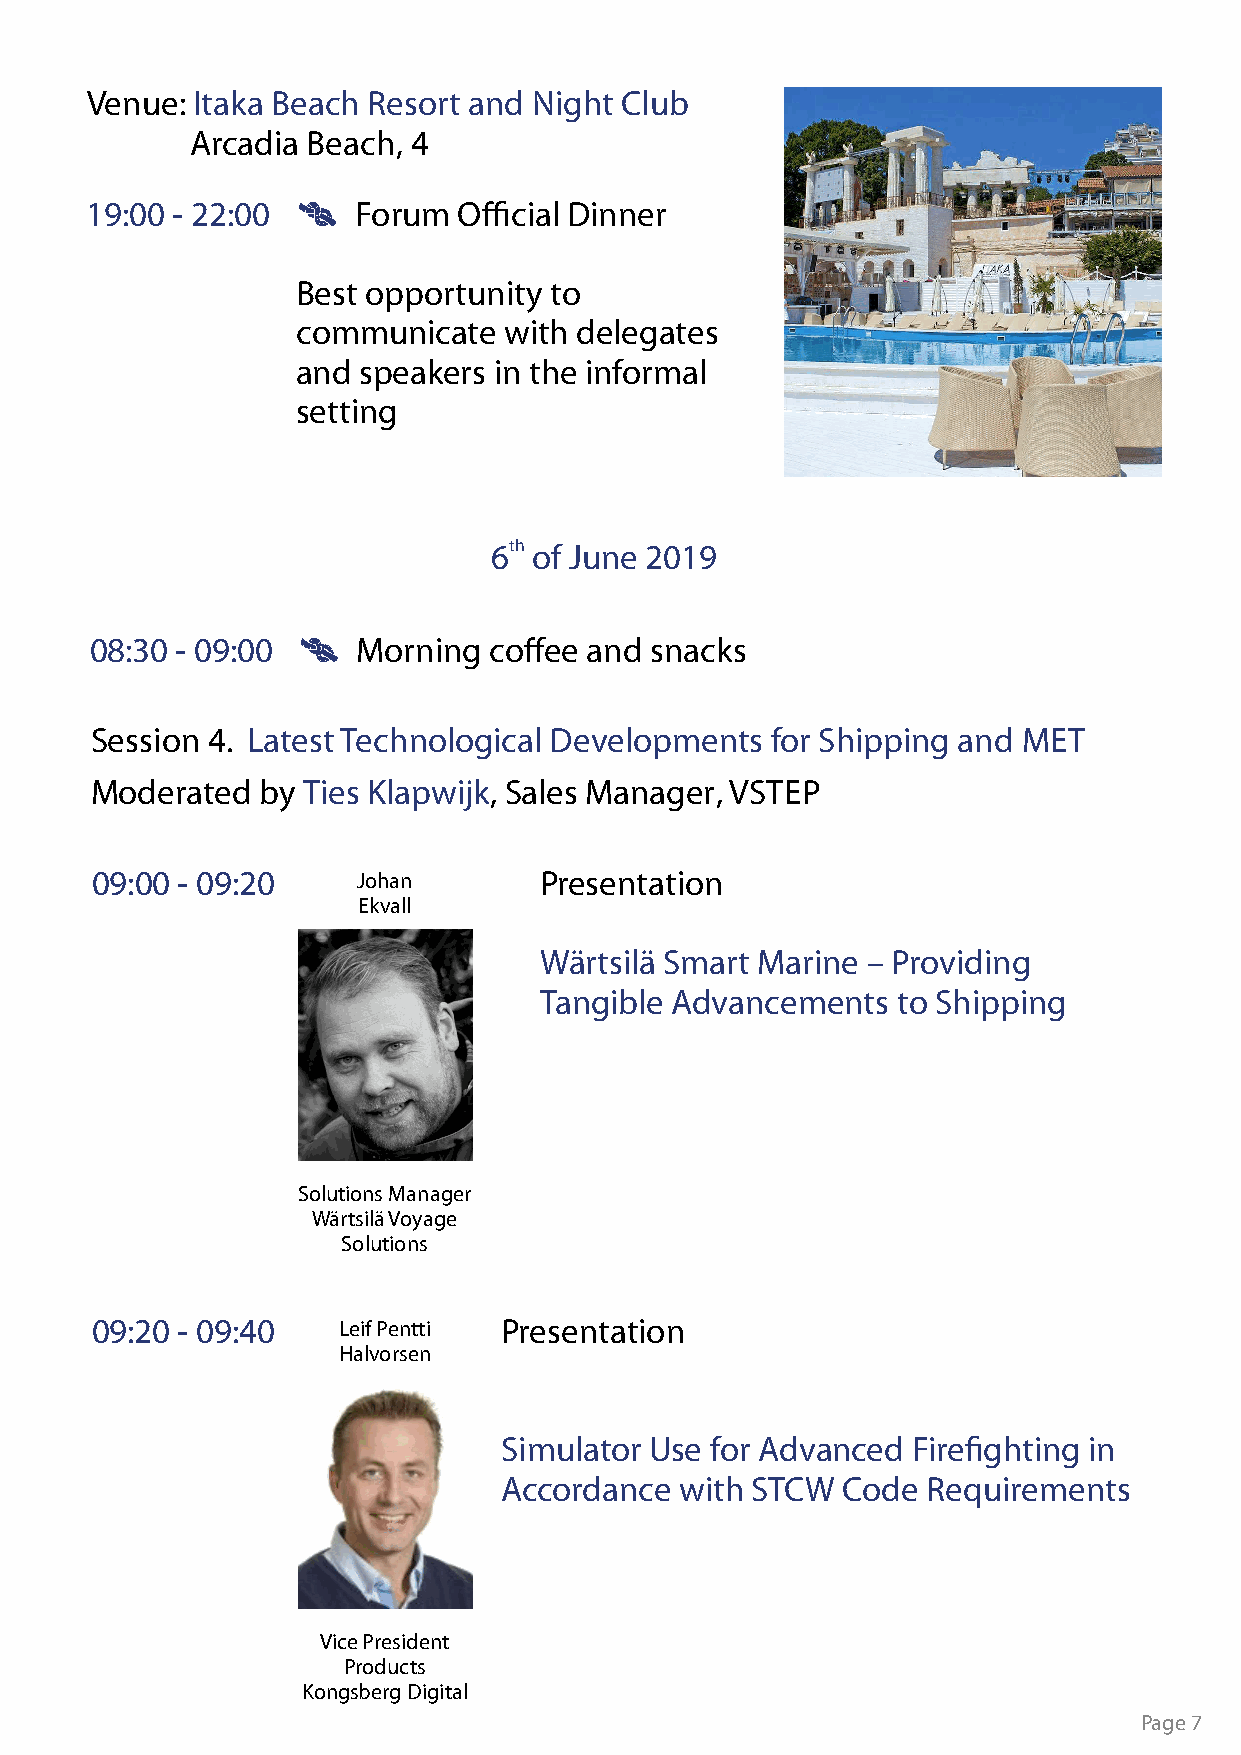
Venue: Itaka Beach Resort and Night Club
 Arcadia Beach, 4
 19:00 - 22:00     Forum Official Dinner
 Best opportunity to
 communicate  with delegates
 and speakers in the informal
 setting
 6th of June 2019
 08:30 - 09:00     Morning coffee and snacks
 Session 4. Latest Technological Developments for Shipping and MET
 Moderated  by Ties Klapwijk, Sales Manager, VSTEP
 09:00 - 09:20     Johan       Presentation
 Ekvall
 Wärtsilä Smart Marine – Providing
 Tangible Advancements  to Shipping
 Solutions Manager
 Wärtsilä Voyage
 Solutions
 09:20 - 09:40   Leif Pentti Presentation
 Halvorsen
 Simulator Use for Advanced Firefighting in
 Accordance  with STCW  Code Requirements
 Vice President
 Products
 Kongsberg Digital
 Page 7